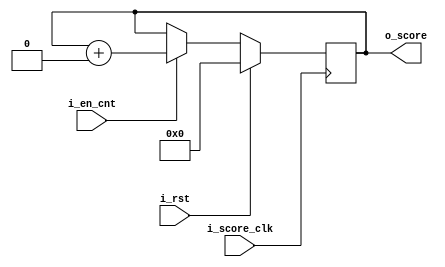
module main_cnt(i_score_clk, i_rst, i_en_cnt, o_score);

input i_score_clk, i_rst, i_en_cnt;

output reg [31:0] o_score;

always @(posedge i_score_clk) begin

	if (i_rst) begin 
	
		o_score <= 32'b0;
		
	end else if (i_en_cnt) begin 
	
		o_score <= o_score + 1'b0;
		
	end
	
end

endmodule